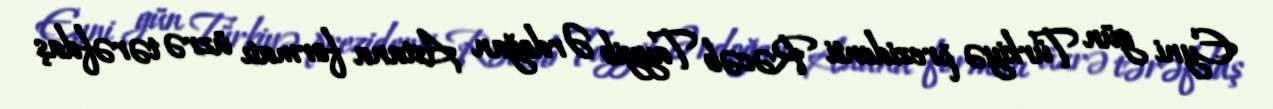
Eyni gün Türkiyə prezidenti Rəcəb Tayyib Ərdoğan Astana formatı üzrə tərəfdaş